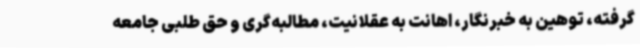
گرفته، توهین به خبرنگار، اهانت به عقلانیت، مطالبه‌گری و حق طلبی جامعه